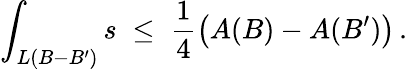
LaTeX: \int_{L(B-B^{\prime})}s\; \leq\; \frac{1}{4}\left(A(B)-A(B^{\prime})\right)\, .